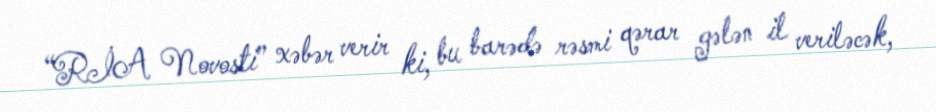
“RİA Novosti” xəbər verir ki, bu barədə rəsmi qərar gələn il veriləcək,